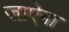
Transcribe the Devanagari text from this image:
जाऐगा